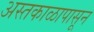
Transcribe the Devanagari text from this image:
अस्तकाळापासून